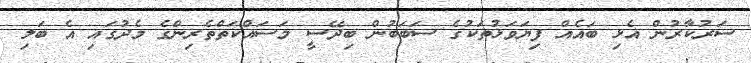
ސަރުކާރުން އެޅި ބައެއް ފިޔަވަޅުތަކުގެ ސަބަބުން ބިދޭސީ މަސައްކަތްތެރިންގެ މެދުގައި އެ ބަލި